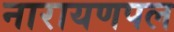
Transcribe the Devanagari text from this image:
नारायणपल